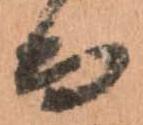
而